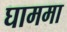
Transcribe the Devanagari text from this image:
घाममा